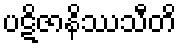
ပဋိဇာနိဿသီတိ